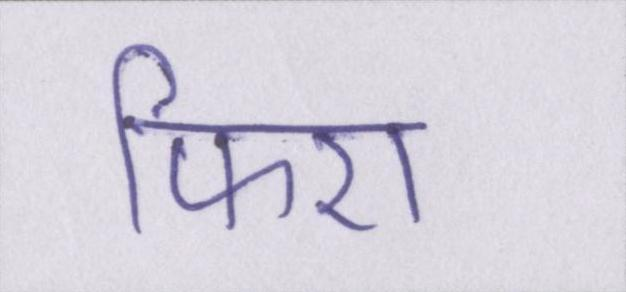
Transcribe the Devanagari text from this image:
फिरा